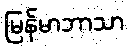
မြန်မာဘာသာ